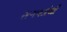
સગવડોથી